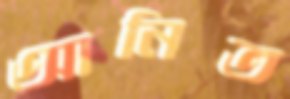
আনিত